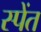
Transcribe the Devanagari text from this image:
स्पेंत